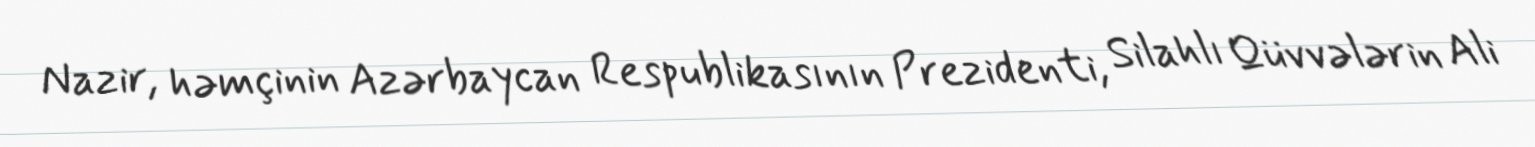
Nazir, həmçinin Azərbaycan Respublikasının Prezidenti, Silahlı Qüvvələrin Ali